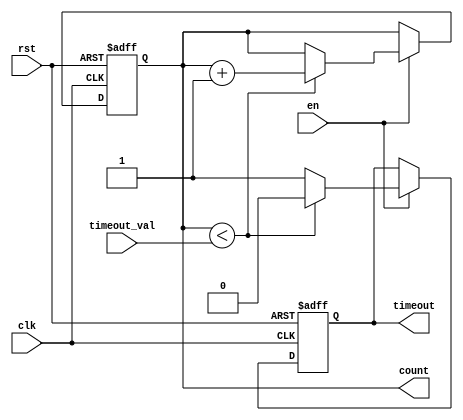
module timeout_counter (
    input wire clk,               // Clock signal
    input wire rst,               // Asynchronous reset signal
    input wire en,                // Enable signal
    input wire [7:0] timeout_val, // Configurable time-out value
    output reg [7:0] count,       // Current count value
    output reg timeout            // Time-out signal
);

    // Initial state
    initial begin
        count = 8'b0;
        timeout = 1'b0;
    end

    // Counter logic
    always @(posedge clk or posedge rst) begin
        if (rst) begin
            count <= 8'b0;         // Reset the counter
            timeout <= 1'b0;       // Deactivate time-out signal
        end else if (en) begin
            if (count < timeout_val) begin
                count <= count + 1; // Increment the count
                timeout <= 1'b0;      // Clear time-out signal
            end else begin
                timeout <= 1'b1;      // Activate time-out signal
            end
        end
    end

endmodule